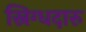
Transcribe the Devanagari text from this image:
स्निग्धदारु